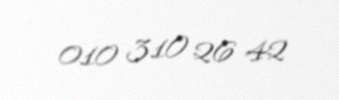
010 310 26 42